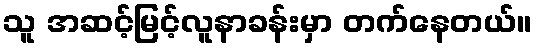
သူ အဆင့်မြင့်လူနာခန်းမှာ တက်နေတယ်။